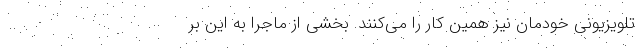
تلویزیونی خودمان نیز همین کار را می‌کنند. بخشی از ماجرا به این بر